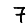
Digit: 7